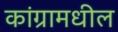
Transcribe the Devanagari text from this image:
कांग्रामधील